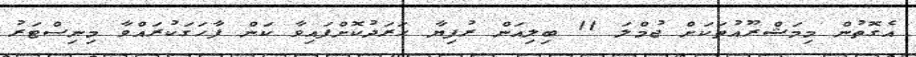
އެގޮތުން މިމަޝްރޫއުތަކަށް ޖުމްލަ 11 ބިލިއަން ރުފިޔާ ހަރަދުކޮށްފައިވާ ކަން ފާހަގަކުރައްވާ މިނިސްޓަރު